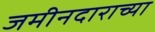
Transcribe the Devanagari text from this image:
जमीनदाराच्या